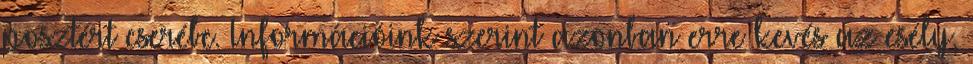
posztért cserébe. Információink szerint azonban erre kevés az esély,